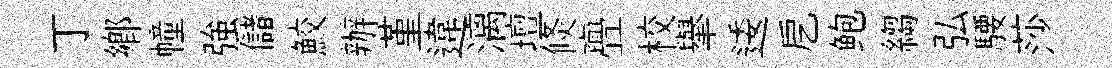
丁郷幢強儲鮫辦堇違漓壇倐亹校𦦙逶戹鲍縐弘騕莎